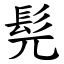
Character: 髡